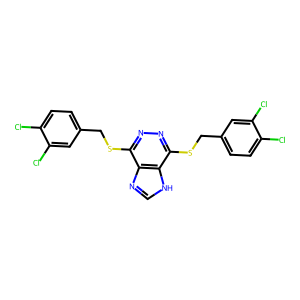
SMILES: Clc1ccc(CSc2nnc(SCc3ccc(Cl)c(Cl)c3)c3[nH]cnc23)cc1Cl
Inhibits HIV replication: No